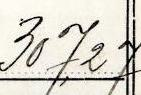
307,27